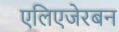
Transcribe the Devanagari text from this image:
एलिएजेरबन